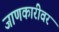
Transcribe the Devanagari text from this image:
जाणकारीवर